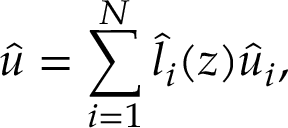
\hat { u } = \sum _ { i = 1 } ^ { N } \hat { l } _ { i } ( \boldsymbol { \boldsymbol { z } } ) \hat { u } _ { i } ,